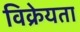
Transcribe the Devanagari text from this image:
विक्रेयता